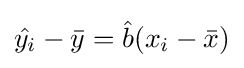
{\hat {y_{i}}}-{\bar {y}}={\hat {b}}(x_{i}-{\bar {x}})